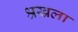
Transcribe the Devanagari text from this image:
श्रखला